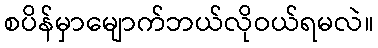
စပိန်မှာမျောက်ဘယ်လိုဝယ်ရမလဲ။